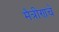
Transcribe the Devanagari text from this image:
मैत्रीणचे